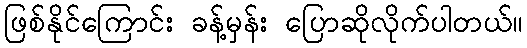
ဖြစ်နိုင်ကြောင်း ခန့်မှန်း ပြောဆိုလိုက်ပါတယ်။